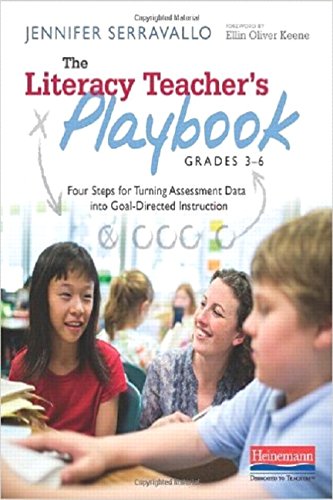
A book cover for The Literacy Teacher's Playbook, Grades 3-6: Four Steps for Turning Assessment Data into Goal-Directed Instruction; Jennifer Serravallo; Education & Teaching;